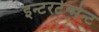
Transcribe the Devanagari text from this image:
इन्टरटेन्मेन्ट